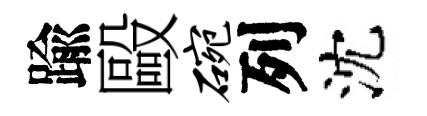
踰毆碗列沈